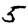
Digit: 5